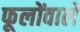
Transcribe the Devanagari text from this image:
फूलोंवाले